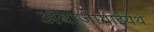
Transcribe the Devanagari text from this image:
अंबाजोगाईयेथे